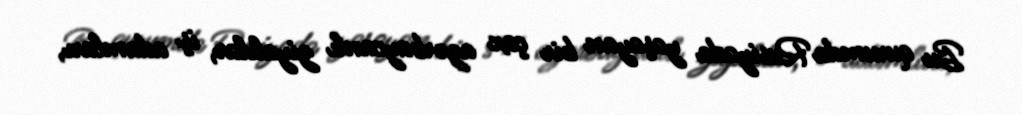
Bu qurumda Rusiyada yaşayan bir çox azərbaycanlı ziyalılar, iş adamları,